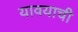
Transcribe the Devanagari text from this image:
यावयाची